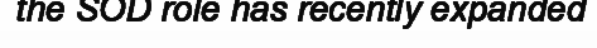
the SOD role has recently expanded